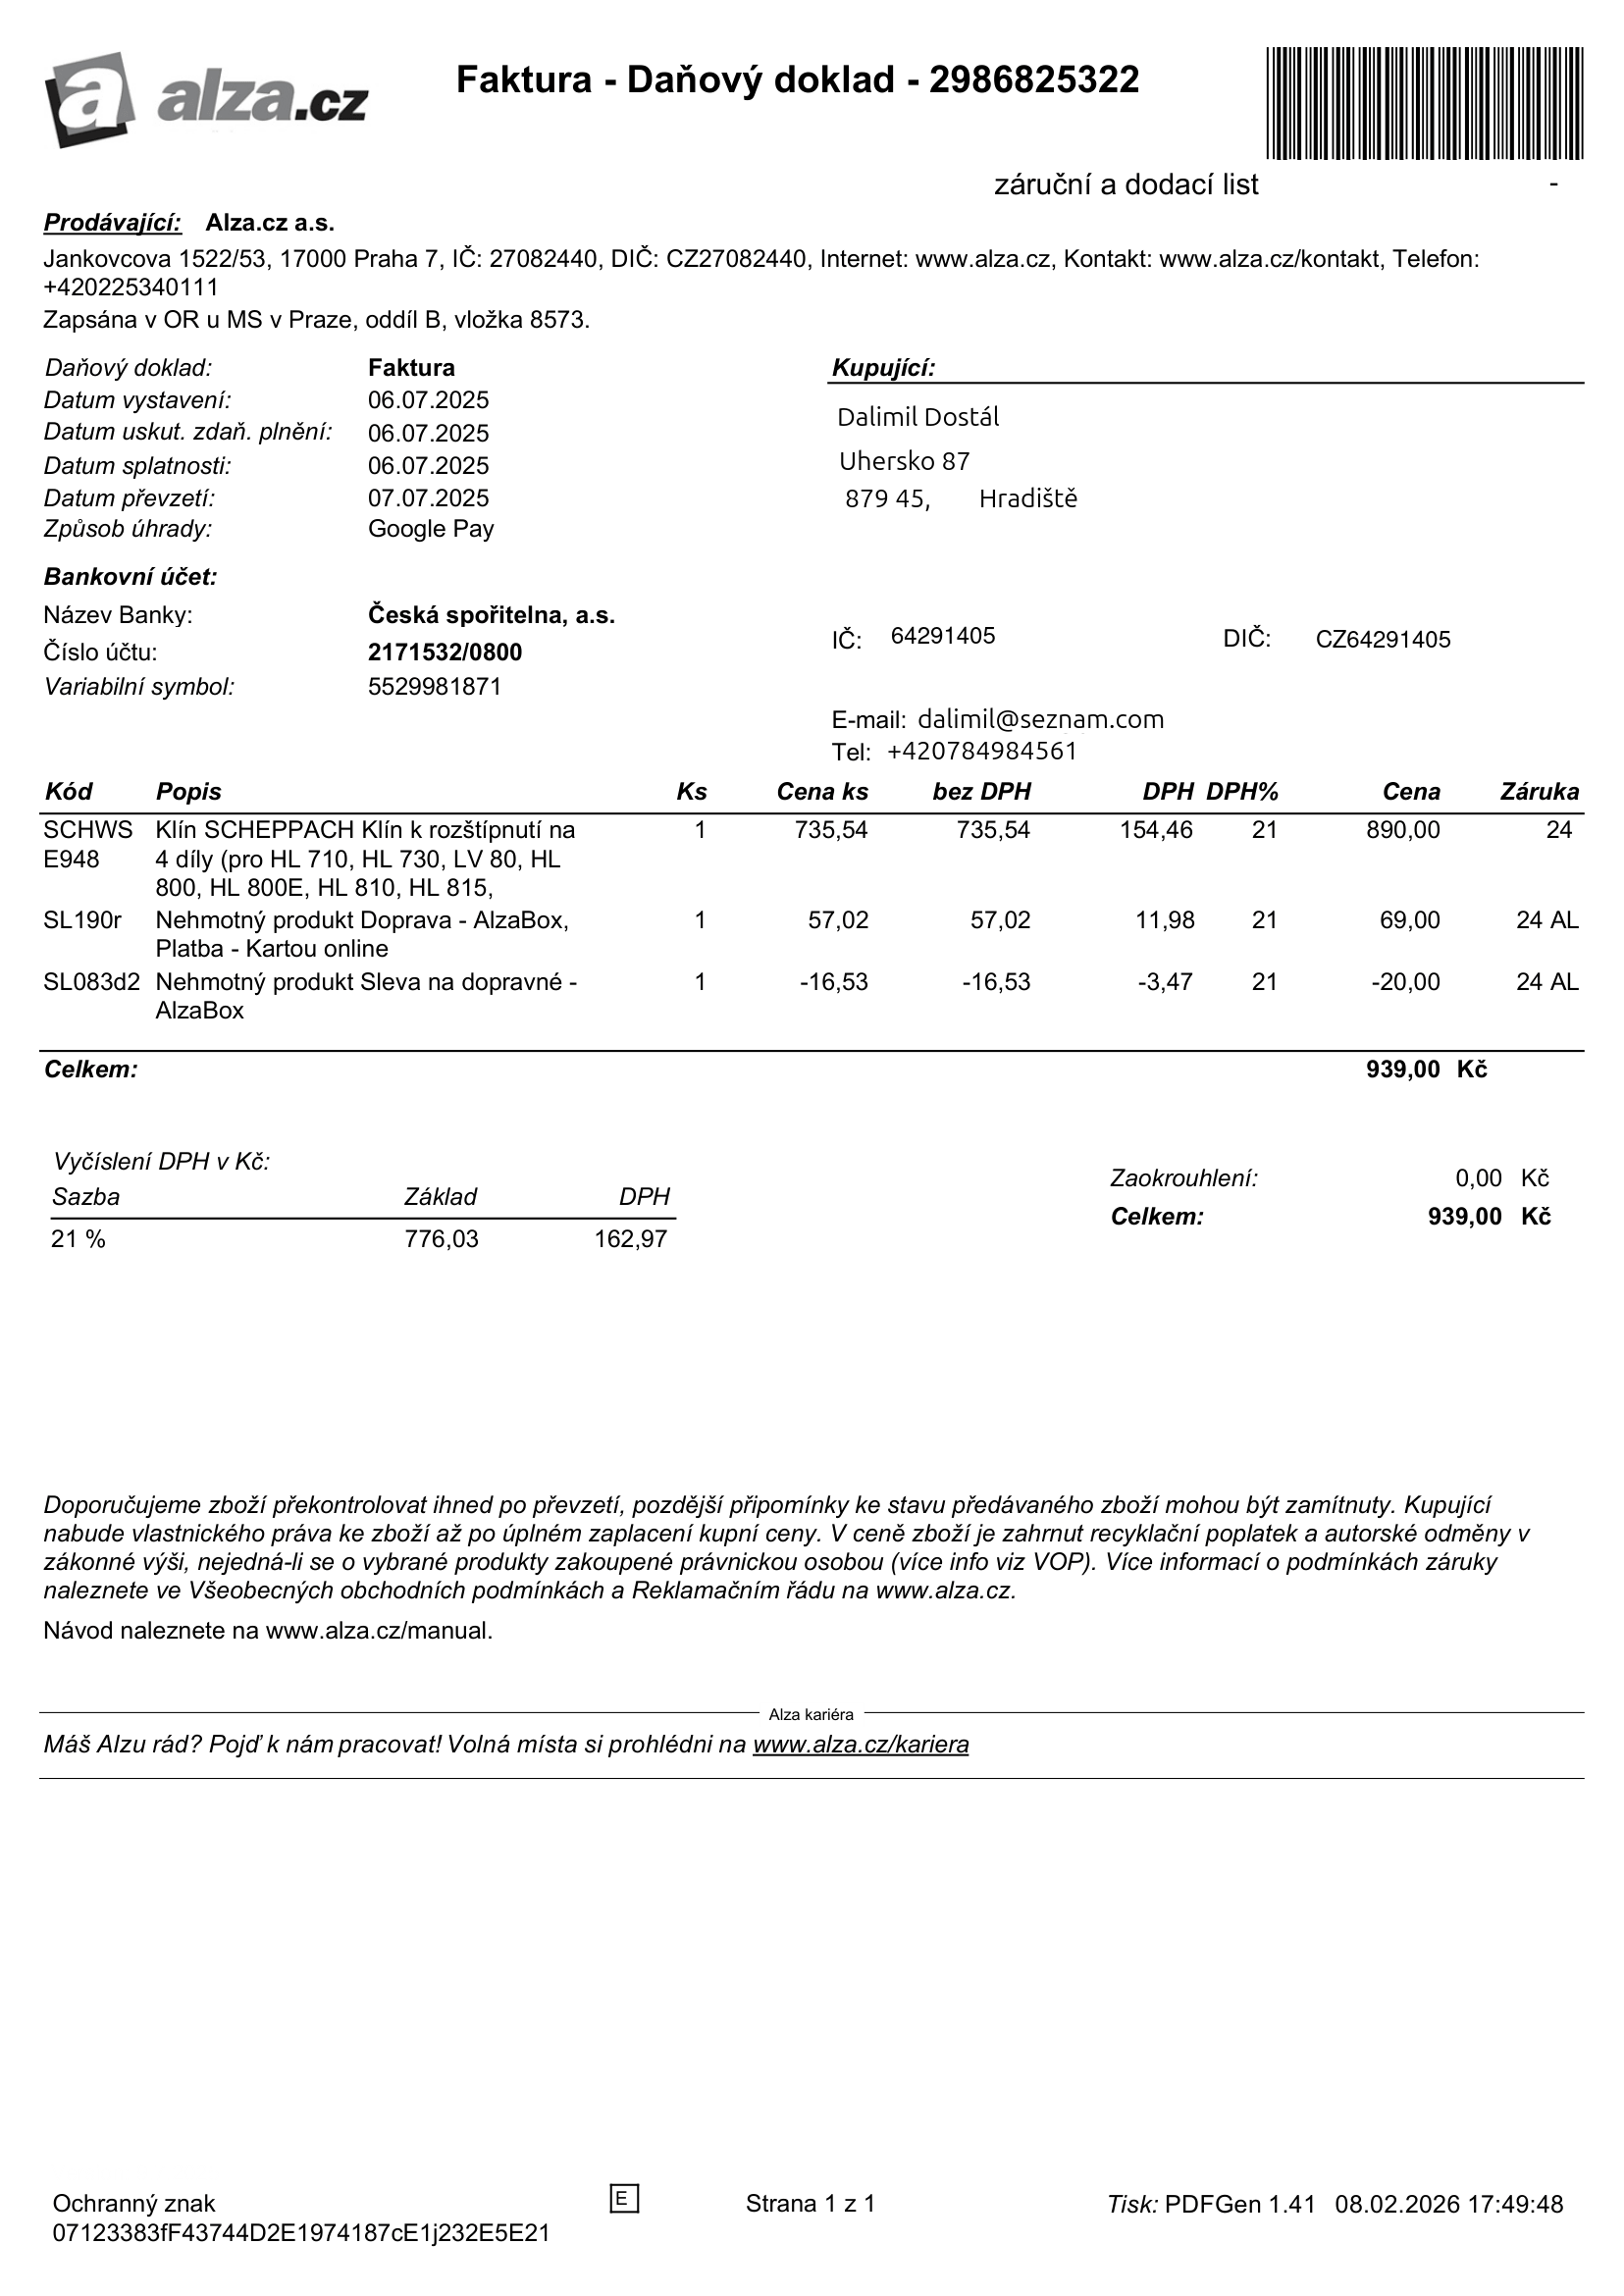
invoice_number: 2986825322
supp_register_id: 27082440
supp_tax_id: CZ27082440
cust_register_id: 64291405
cust_tax_id: CZ64291405
issue_date: 06.07.2025
taxable_supply_date: 06.07.2025
due_date: 06.07.2025
payment_type: Google Pay
bank_account_number: 2171532/0800
variable_symbol: 5529981871
total: 939,00